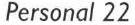
Personal 22